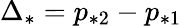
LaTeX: \Delta_{*}=p_{*2}-p_{*1}